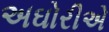
અઘોરીએ